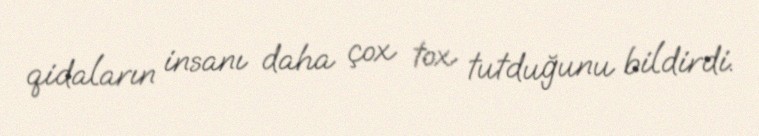
qidaların insanı daha çox tox tutduğunu bildirdi.